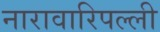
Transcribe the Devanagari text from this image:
नारावारिपल्ली